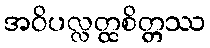
အဝိပလ္လတ္ထစိတ္တဿ